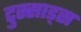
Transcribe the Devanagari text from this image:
टुस्साड्स